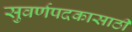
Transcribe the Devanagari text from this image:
सुवर्णपदकासाठी